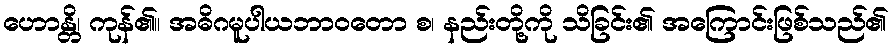
ဟောန္တိ၊ ကုန်၏။ အဓိဂမူပါယဘာဝတော စ၊ နည်းတို့ကို သိခြင်း၏ အကြောင်းဖြစ်သည်၏